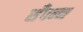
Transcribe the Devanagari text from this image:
सँपन्न